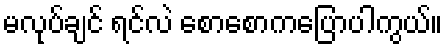
မလုပ်ချင် ရင်လဲ စောစောကပြောပါကွယ်။